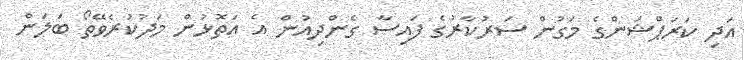
އަދި ކަރަޕްޝަންގެ މަގުން ސަރުކާރުގެ ފައިސާ ގެންދިއުން އެ އަތޮޅުން މަދުކުރެވޭތޯ ބަލަން